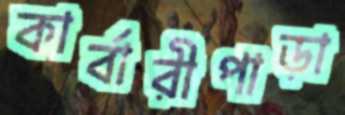
কার্বারীপাড়া